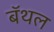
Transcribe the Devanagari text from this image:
बॅथल